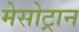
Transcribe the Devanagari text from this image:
मेसोट्रान